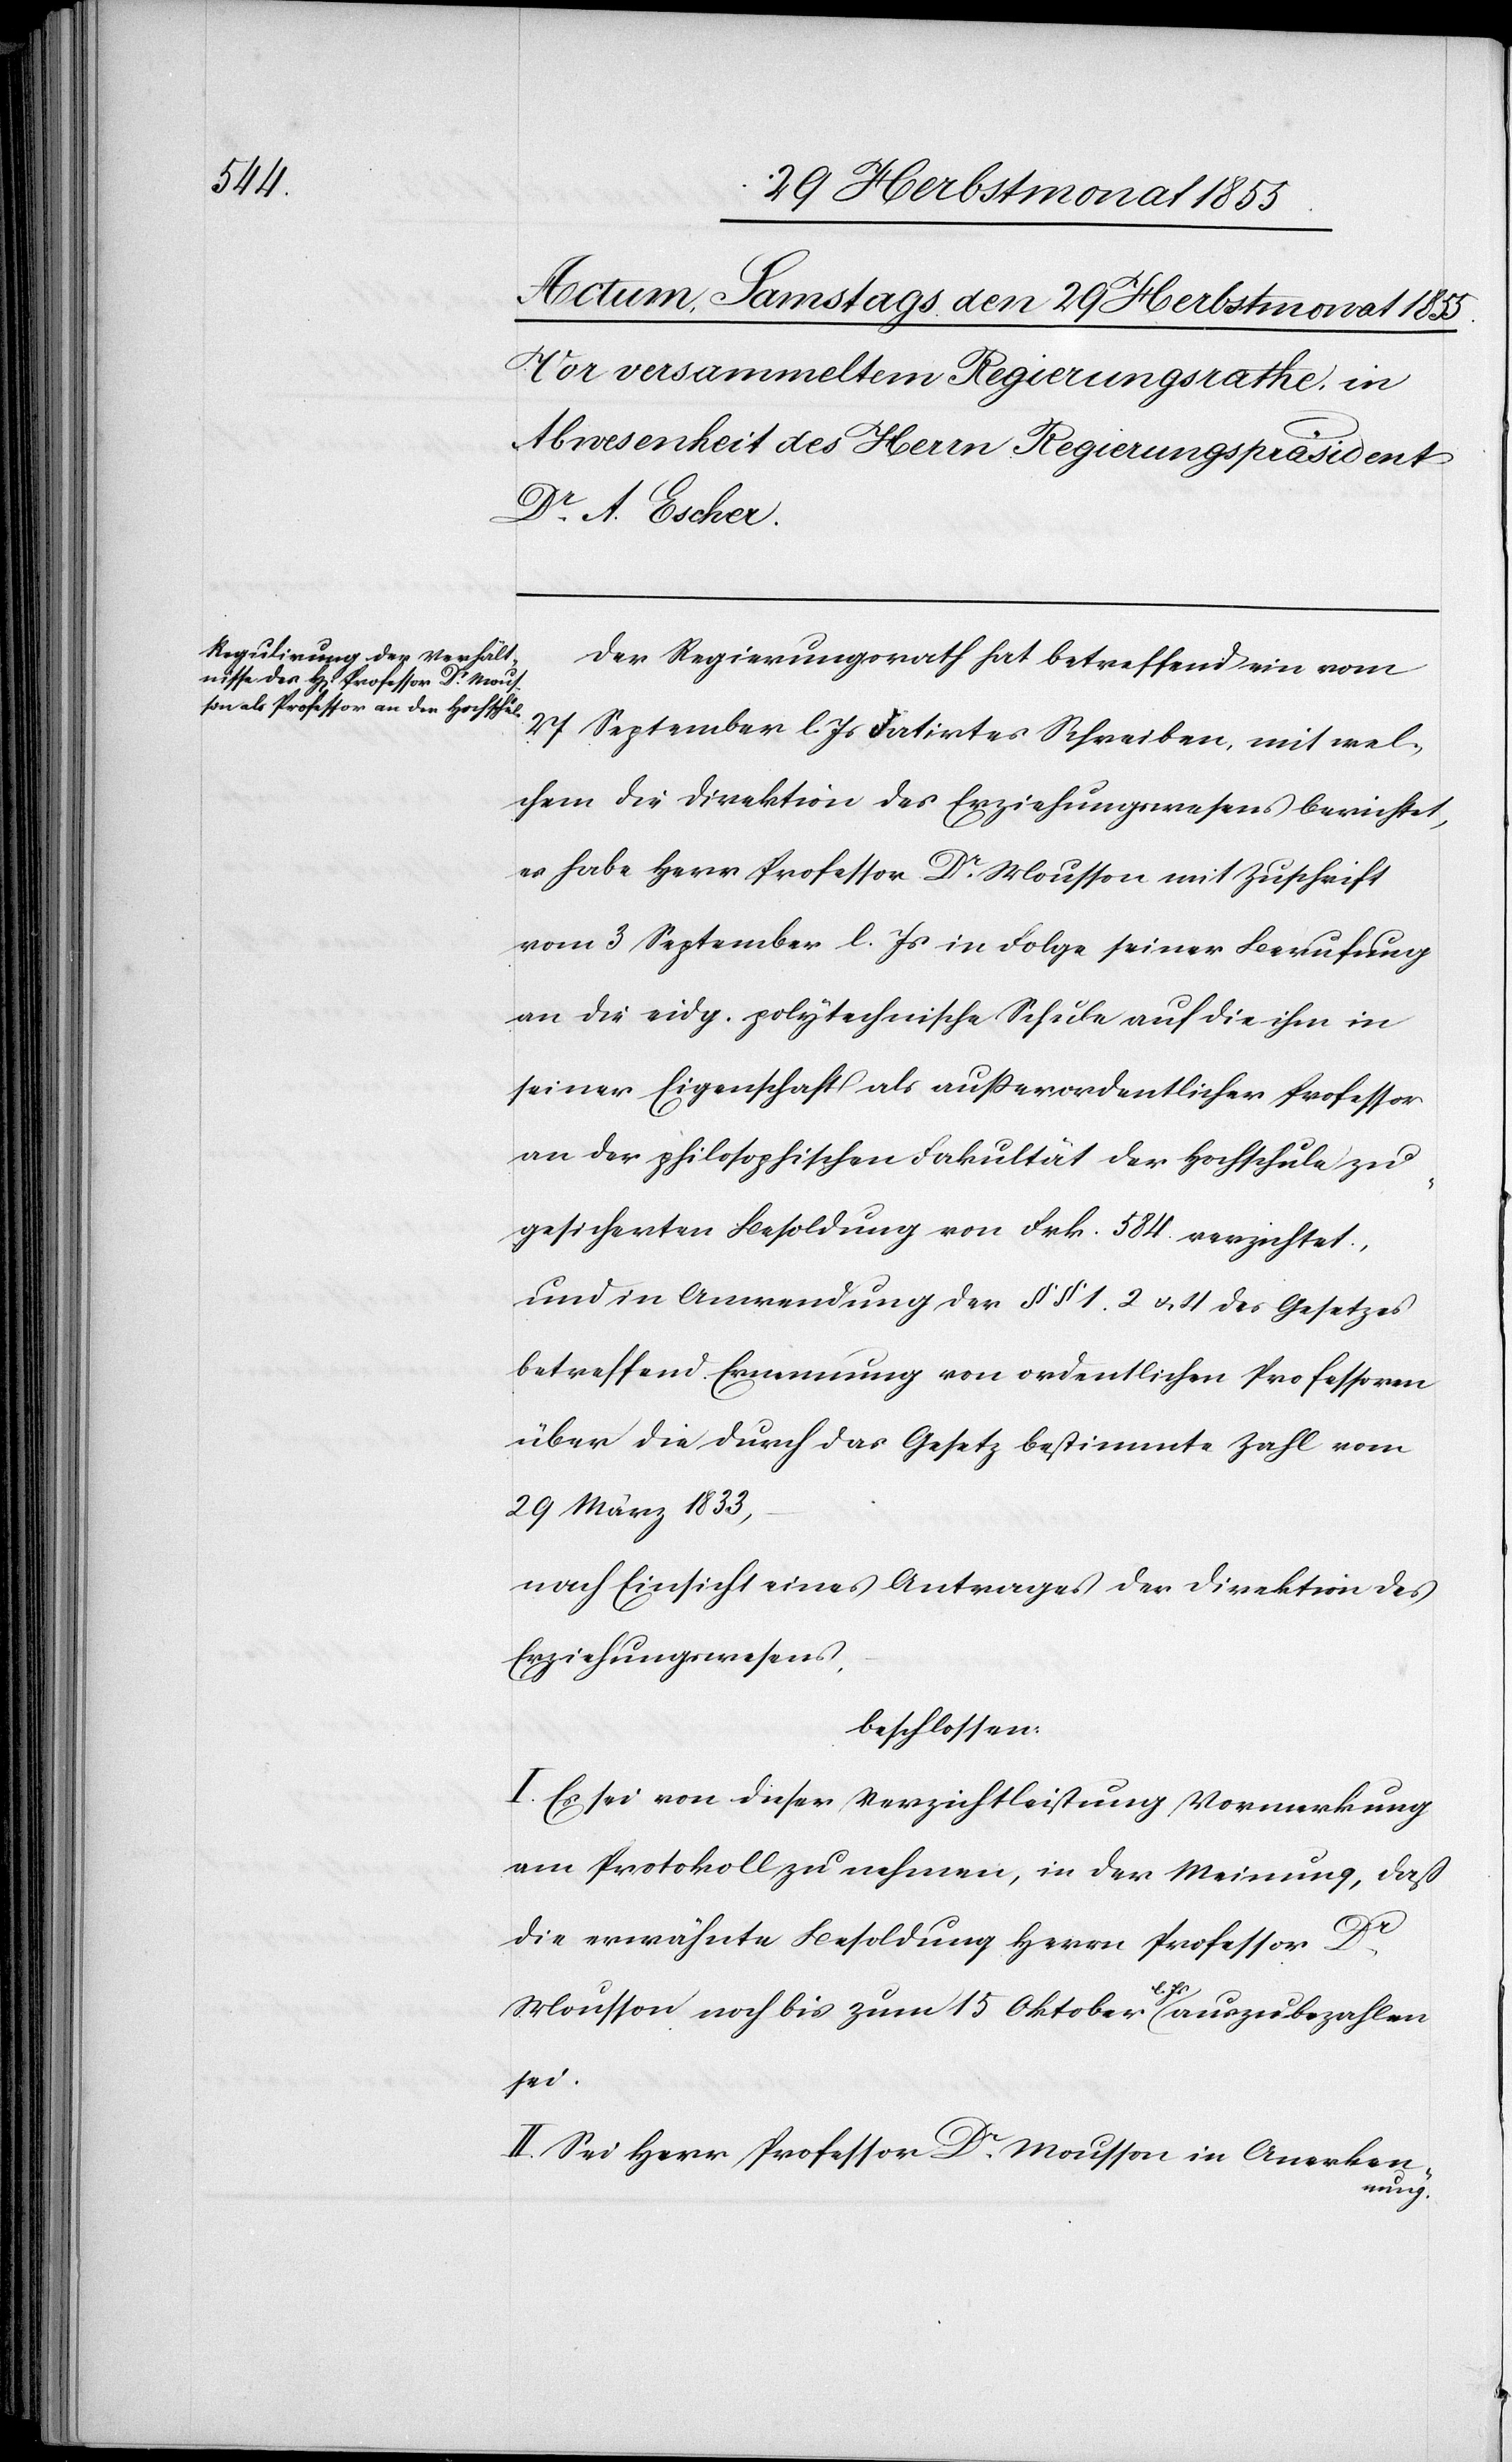
Der Regierungsrath hat betreffend ein vom
27 September l. Js datirtes Schreiben, mit wel¬
chem die Direktion des Erziehungswesens berichtet,
es habe Herr Professor Dr. Mousson mit Zuschrift
vom 3 September l. Js in Folge seiner Berufung
an die eidg. polytechnische Schule auf die ihm in
seiner Eigenschaft als außerordentlicher Professor
an der philosophischen Fakultät der Hochschule zu¬
gesicherten Besoldung von Frk. 584. verzichtet,
und in Anwendung der §§ 1. 2 & 4 des Gesetzes
betreffend Ernennung von ordentlichen Professoren
über die durch das Gesetz bestimmte Zahl vom
29 März 1833.
nach Einsicht eines Antrages der Direktion des
Erziehungswesens,
beschlossen:
I. Es sei von dieser Verzichtleistung Vormerkung
am Protokoll zu nehmen, in der Meinung, daß
die erwähnte Besoldung Herrn Professor Dr.
Mousson noch bis zum 15 Oktober l. Js auszubezahlen
sei.
II. Sei Herr Professor Dr. Mousson in Anerken¬
nung